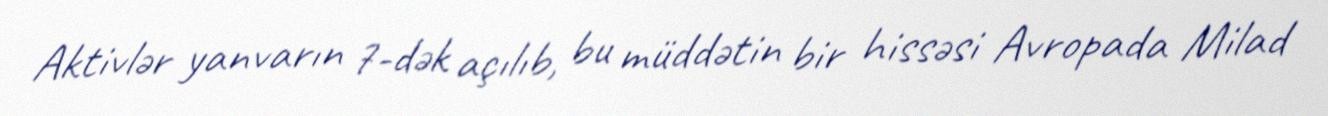
Aktivlər yanvarın 7-dək açılıb, bu müddətin bir hissəsi Avropada Milad